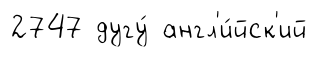
2747 дугу́ англ'и́йск'ий